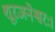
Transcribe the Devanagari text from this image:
शूरजनेश्वरः।